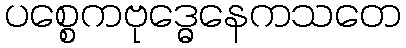
ပစ္စေကဗုဒ္ဓေနေကသတေ